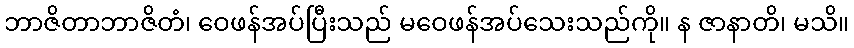
ဘာဇိတာဘာဇိတံ၊ ဝေဖန်အပ်ပြီးသည် မဝေဖန်အပ်သေးသည်ကို။ န ဇာနာတိ၊ မသိ။